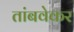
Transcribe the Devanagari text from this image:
तांबवेकर